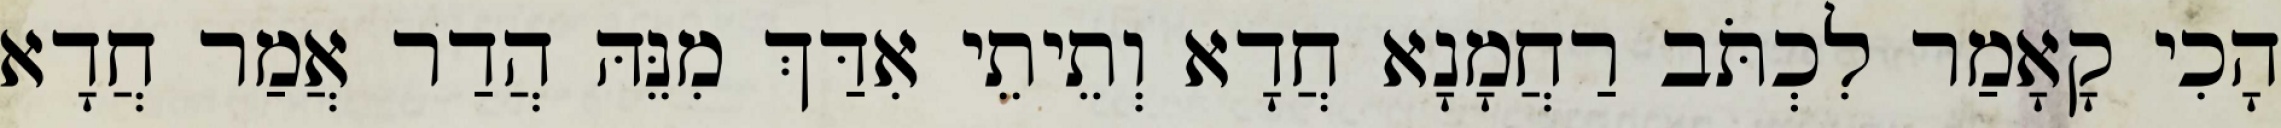
הָכִי קָאָמַר לִכְתֹּב רַחֲמָנָא חֲדָא וְתֵיתֵי אִדַּךְ מִנֵּהּ הֲדַר אֲמַר חֲדָא